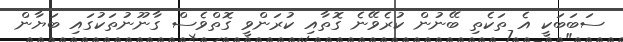
ސަބަބަކީ އެ ތަކެތި ބޭނުން ކުރެވޭނެ ގޮތާއި ކުރަންވީ ގޮތްވެސް ގާނޫނުތަކުގައި ބަޔާން